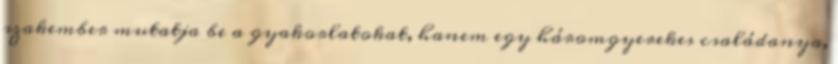
szakember mutatja be a gyakorlatokat, hanem egy háromgyerekes családanya,